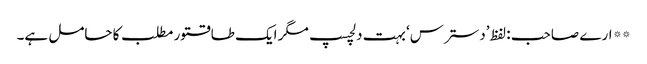
** ارے صاحب : لفظ ’دسترس‘ بہت دلچسپ مگر ایک طاقتور مطلب کا حامل ہے۔